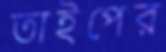
তাইপের